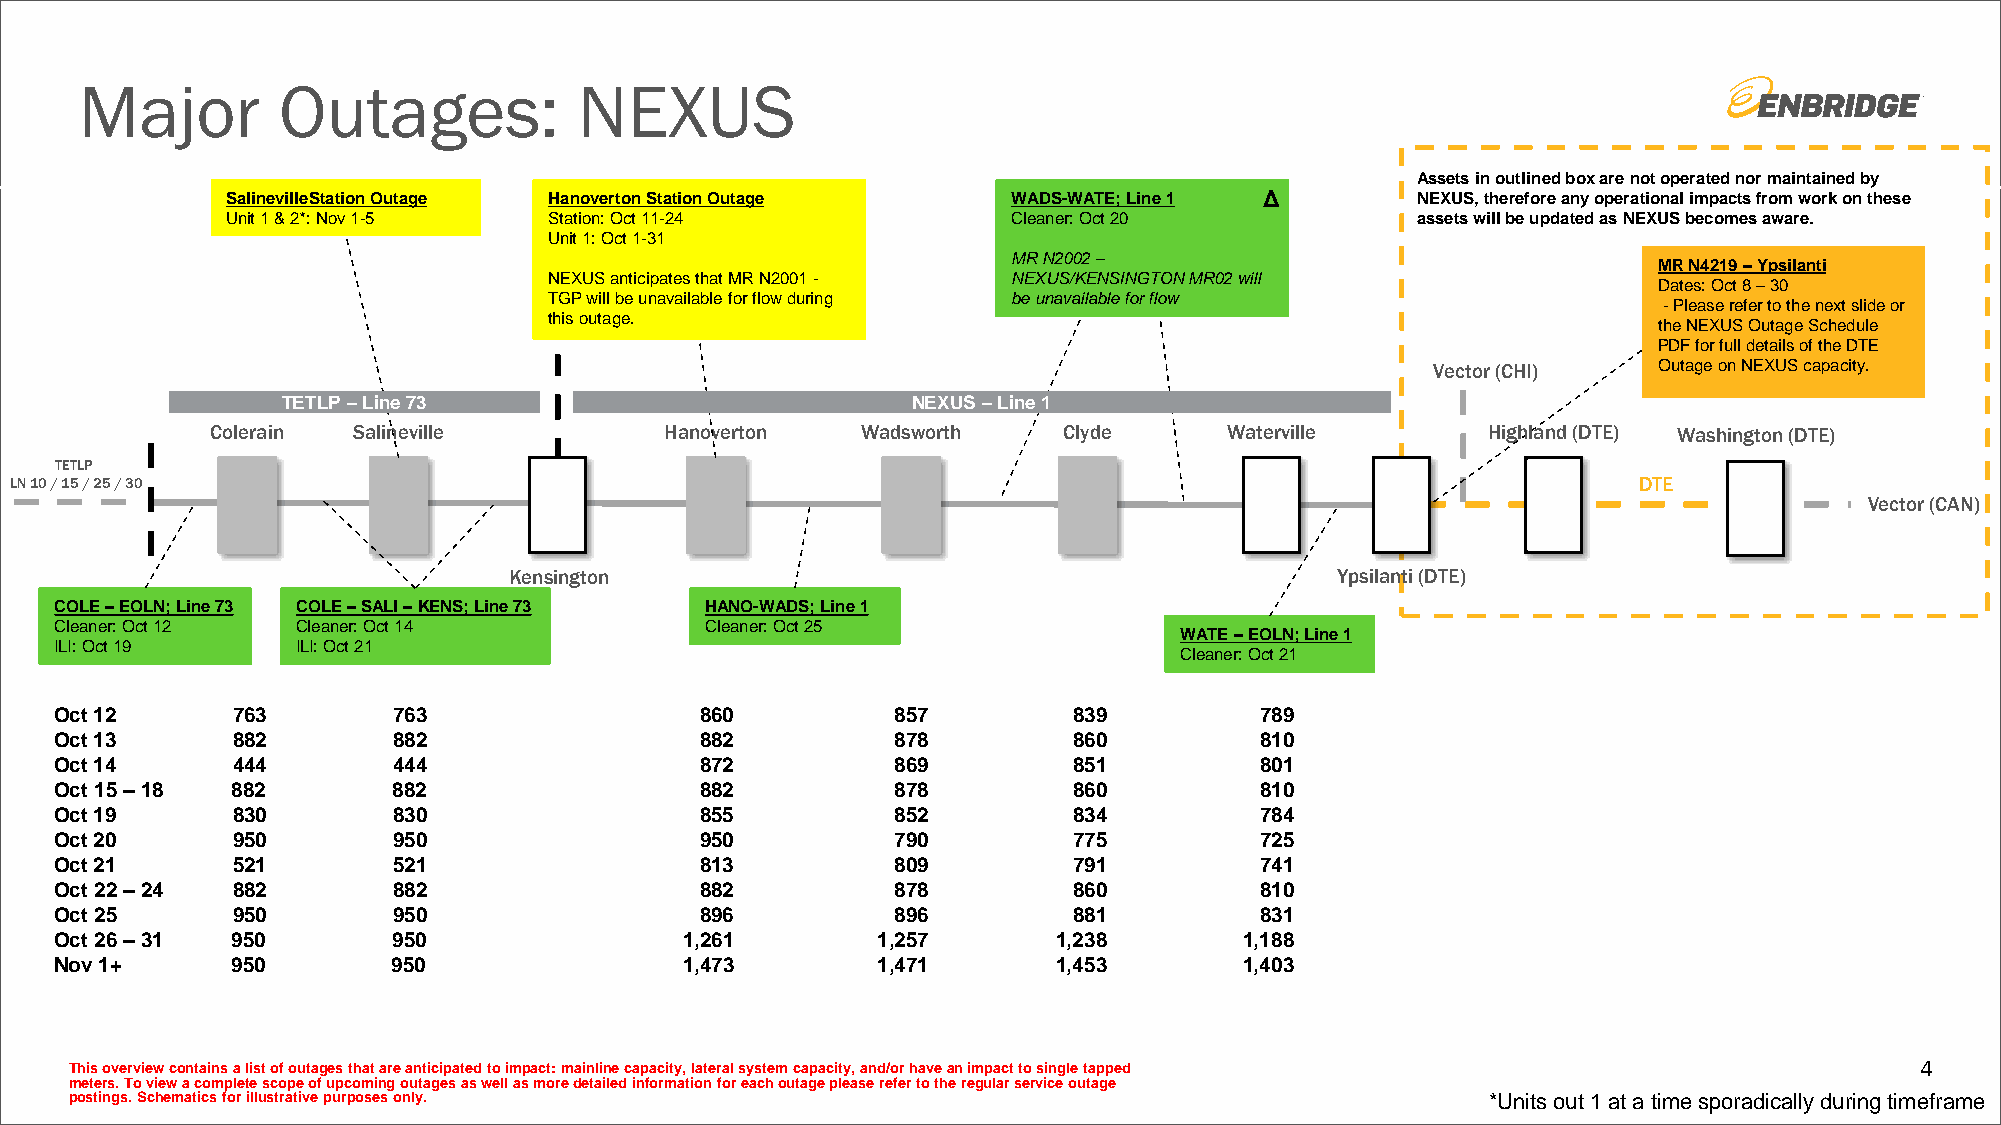
Major        Outages:            NEXUS
 Assets in outlined box are not operated nor maintained by
 SalinevilleStationOutage Hanoverton Station Outage  WADS-WATE; Line 1 Δ        NEXUS, therefore any operational impacts from work on these
 Unit 1 & 2*: Nov 1-5 Station: Oct 11-24             Cleaner: Oct 20            assets will be updated as NEXUS becomes aware.
 Unit 1: Oct 1-31
 MR N2002 –
 MR N4219 –Ypsilanti
 NEXUS anticipates that MR N2001 - NEXUS/KENSINGTON MR02 will
 Dates: Oct 8 –30
 TGP will be unavailable for flow during be unavailable for flow
 -Please refer to the next slide or
 this outage.
 the NEXUS Outage Schedule
 PDF for full details of the DTE
 Vector (CHI)   Outage on NEXUS capacity.
 TETLP –Line 73                           NEXUS –Line 1
 Colerain Salineville          Hanoverton   Wadsworth    Clyde      Waterville       Highland (DTE) Washington (DTE)
 TETLP
 LN 10 / 15 / 25 / 30                                                                                       DTE
 Vector (CAN)
 Kensington                                            Ypsilanti (DTE)
 COLE –EOLN; Line 73 COLE –SALI –KENS; Line 73 HANO-WADS; Line 1
 Cleaner: Oct 12 Cleaner: Oct 14            Cleaner: Oct 25
 WATE –EOLN; Line 1
 ILI: Oct 19     ILI: Oct 21
 Cleaner: Oct 21
 Oct 12     763        763                 860          857         839         789
 Oct 13     882        882                 882          878         860         810
 Oct 14     444        444                 872          869         851         801
 Oct 15 –18 882        882                 882          878         860         810
 Oct 19     830        830                 855          852         834         784
 Oct 20     950        950                 950          790         775         725
 Oct 21     521        521                 813          809         791         741
 Oct 22 –24 882        882                 882          878         860         810
 Oct 25     950        950                 896          896         881         831
 Oct 26 –31 950        950                1,261        1,257       1,238       1,188
 Nov 1+     950        950                1,473        1,471       1,453       1,403
 This overview contains a list of outages that are anticipated to impact: mainline capacity, lateral system capacity, and/or havean impact to single tapped 4
 meters. To view a complete scope of upcoming outages as well as more detailed information for each outage please refer to theregular service outage
 postings. Schematics for illustrative purposes only.                                          *Units out 1 at a time sporadically during timeframe